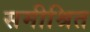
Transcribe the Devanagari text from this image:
समीश्रित